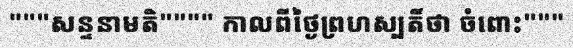
"""សន្ទនាមតិ"""" កាលពីថ្ងៃព្រហស្បតិ៍ថា ចំពោះ"""